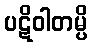
ပဋိဝါတမ္ပိ